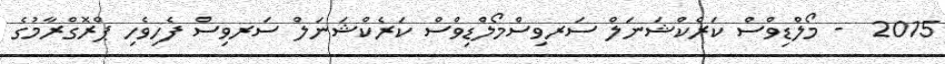
2015  - މޯލްޑިވްސް ކަރެކްޝަނަލް ސަރވިސްމޯލްޑިވްސް ކަރެކްޝަނަލް ސަރވިސް ފެހިވެހި ޕްރޮގްރާމުގެ